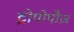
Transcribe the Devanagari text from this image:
ट्रोपोपौज़